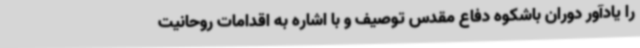
را یادآور دوران باشکوه دفاع مقدس توصیف و با اشاره به اقدامات روحانیت